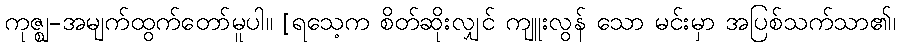
ကုဇ္ဈ-အမျက်ထွက်တော်မူပါ။ [ရသေ့က စိတ်ဆိုးလျှင် ကျူးလွန် သော မင်းမှာ အပြစ်သက်သာ၏၊